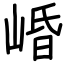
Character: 崏